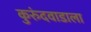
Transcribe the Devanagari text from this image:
कुरुंदवाडाला